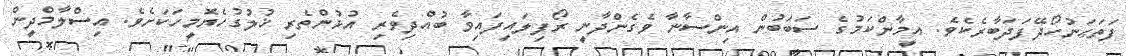
ފަތަޙަނުހޯދޭފަދަބާރެކެވެ. އީމާންކަމުގެ ސަބަބުން އިންސާނާ ވެގެންދާނީ ރޯފިލައިފައިވާ ބުއްދިވެރި އުޅުންތެރި ޚުލުގުހެޔޮމީހަކަށެވެ. އިސްލާމްދީން